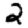
Digit: 2